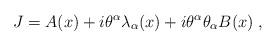
LaTeX: \begin{align*} J=A(x)+i\theta^\alpha\lambda_\alpha(x) + i\theta^\alpha \theta_\alpha B(x)\;,\end{align*}